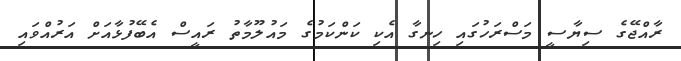
ރާއްޖޭގެ ސިޔާސީ މަސްރަހުގައި ހިނގާ އެކި ކަންކަމުގެ މައުލޫމާތު ރައީސް އެބޭފުޅާއަށް އަރުއްވައި